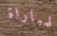
للمباراة